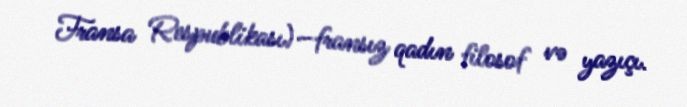
Fransa Respublikası)—fransız qadın filosof və yazıçı.